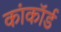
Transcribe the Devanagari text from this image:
कांकॉर्ड